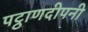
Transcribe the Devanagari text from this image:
पट्ठाणदीपनी